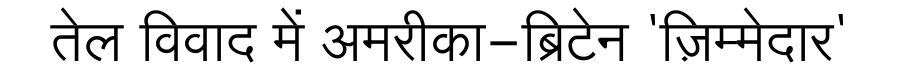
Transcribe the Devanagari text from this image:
तेल विवाद में अमरीका-ब्रिटेन 'ज़िम्मेदार'